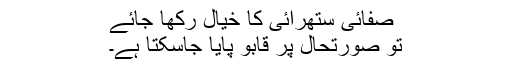
صفائی ستھرائی کا خیال رکھا جائے
تو صورتحال پر قابو پایا جاسکتا ہے۔